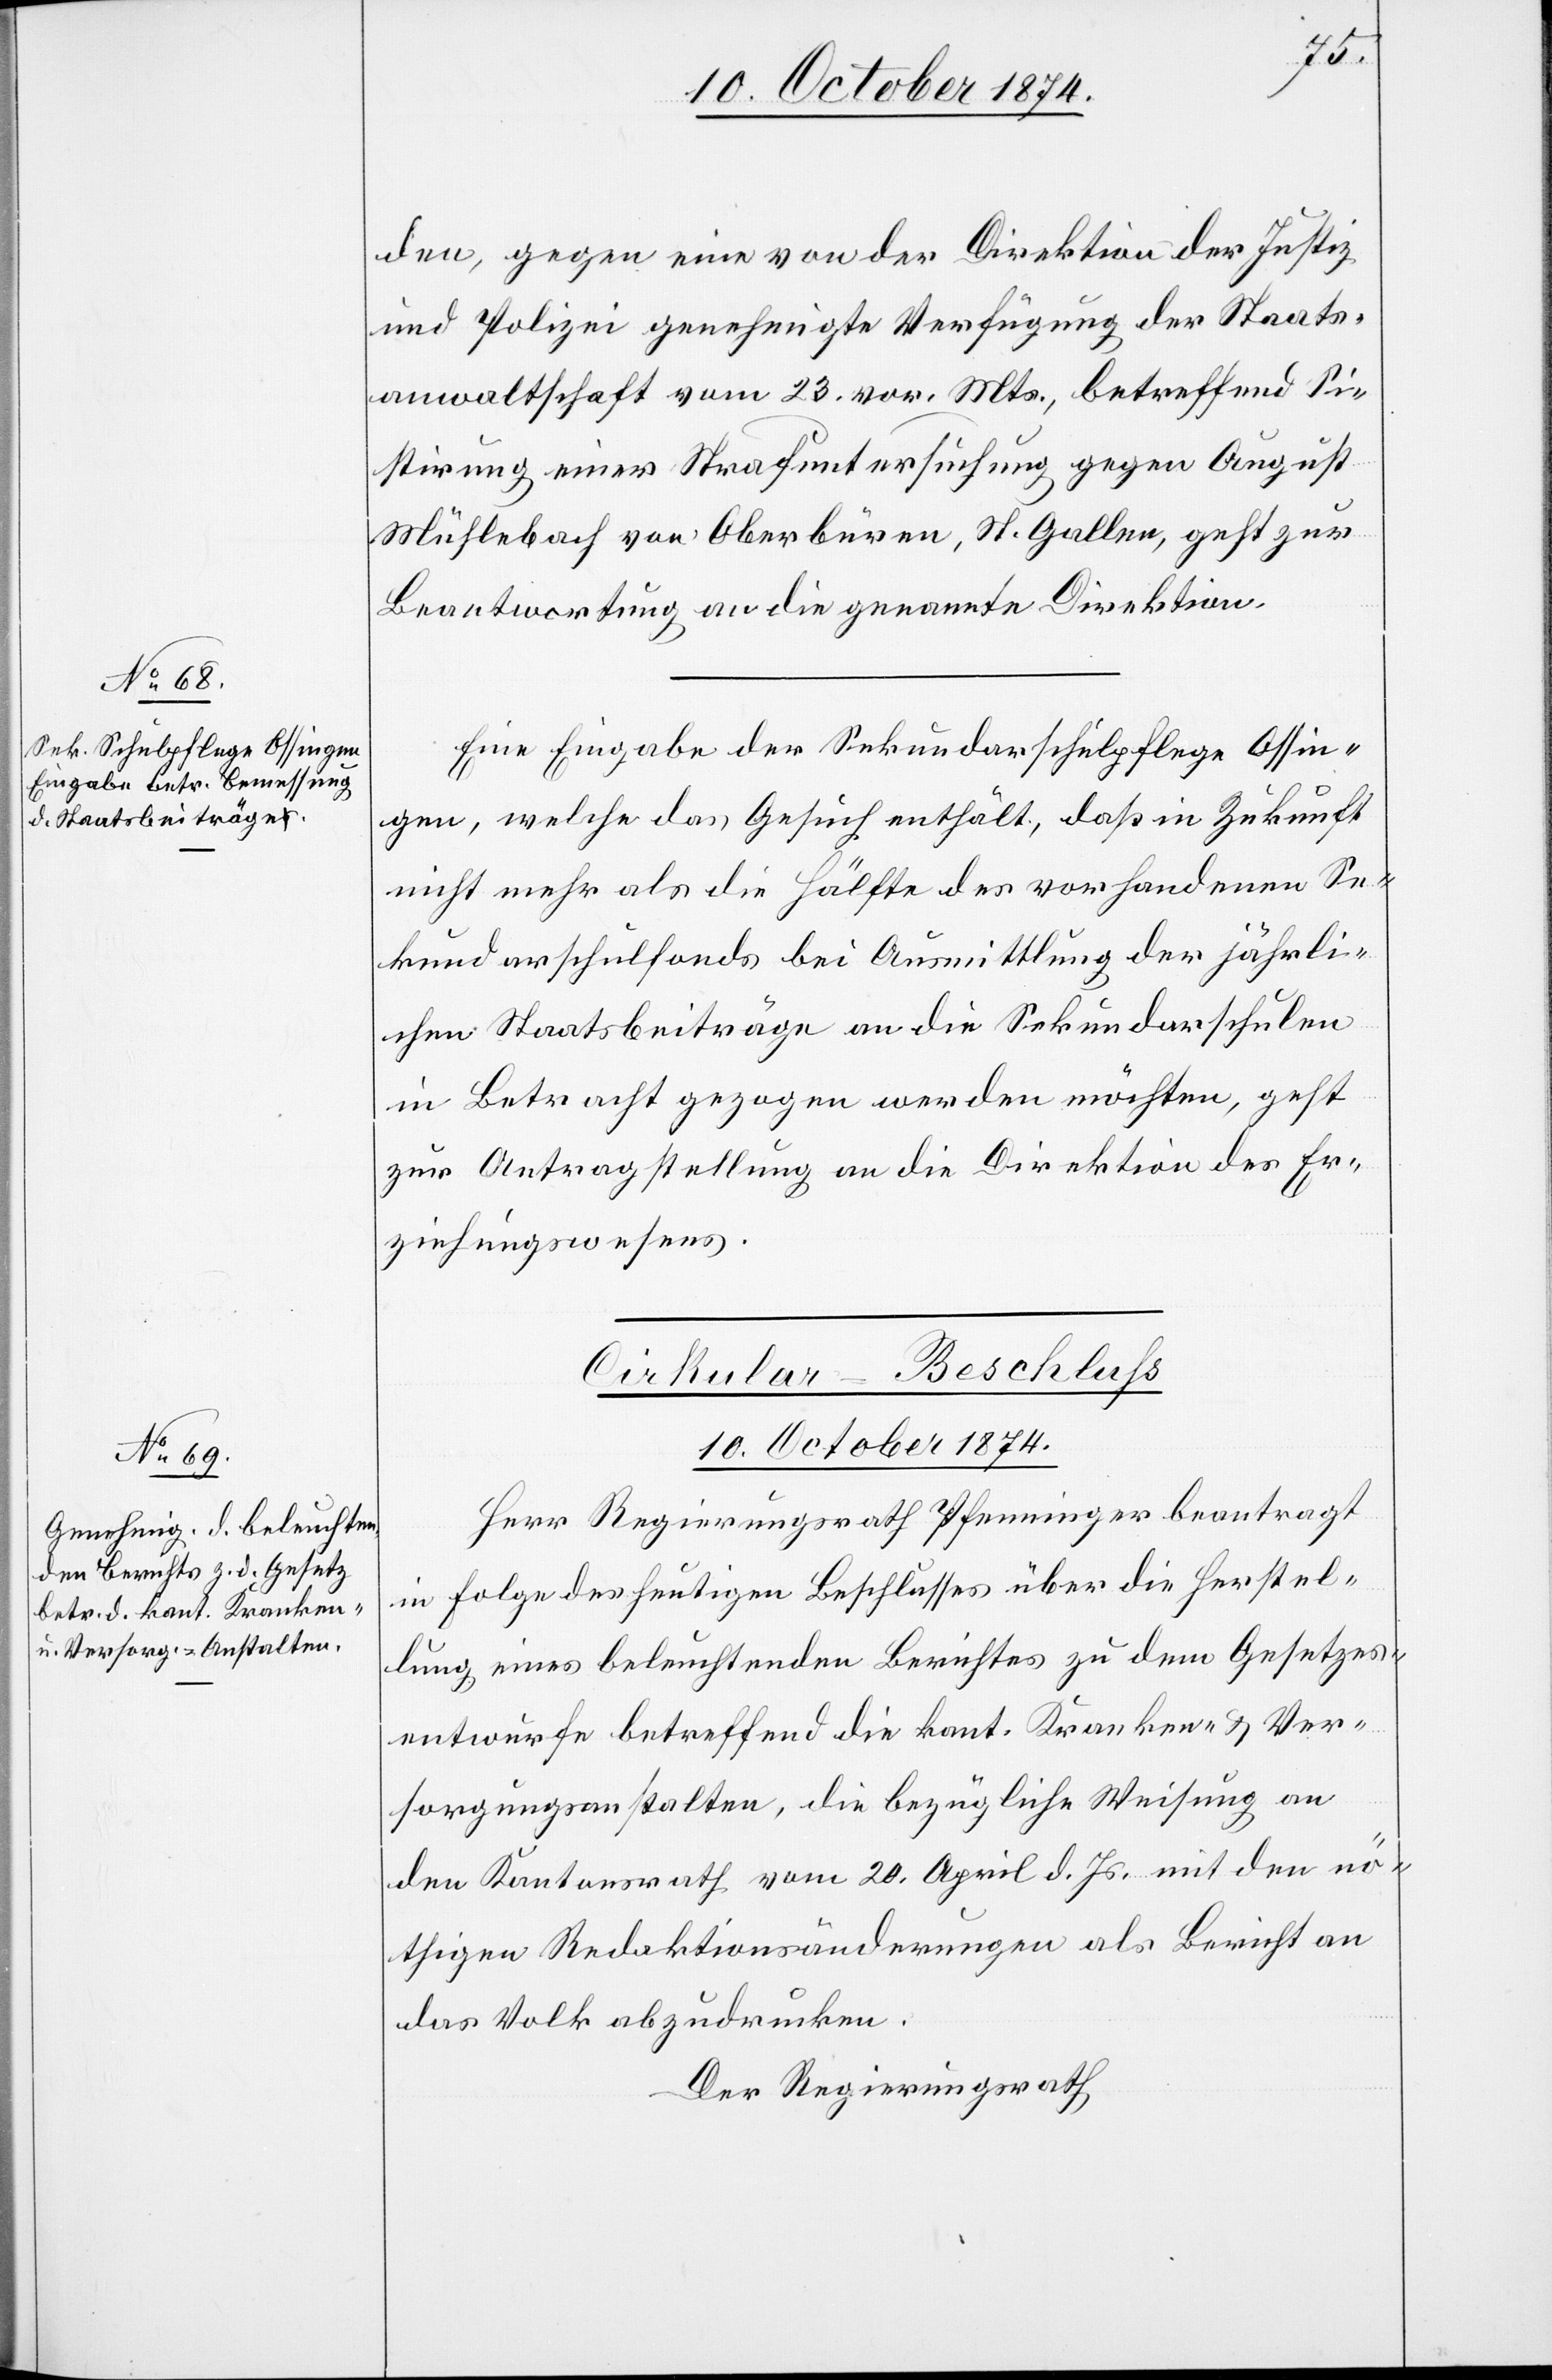
10. October 1874.]
den, gegen eine von der Direktion der Justiz
und Polizei genehmigte Verfügung der Staats¬
anwaltschaft vom 23. vor. Mts., betreffend Si¬
stirung einer Strafuntersuchung gegen August
Mühlebach von Oberbüren, St. Gallen, geht zur
Beantwortung an die genannte Direktion.
Eine Eingabe der Sekundarschulpflege Ossin¬
gen, welche das Gesuch enthält, daß in Zukunft
nicht mehr als die Hälfte des vorhandenen Se¬
kundarschulfonds bei Ausmittlung der jährli¬
chen Staatsbeiträge an die Sekundarschulen
in Betracht gezogen werden möchten, geht
zur Antragstellung an die Direktion des Er¬
ziehungswesens.
Cirkular-Beschluß
10. October 1874.
Herr Regierungsrath Pfenninger beantragt
in Folge des heutigen Beschlusses über die Herstel¬
lung eines beleuchtenden Berichtes zu dem Gesetzes¬
entwurfe betreffend die kant. Kranken- & Ver¬
sorgungsanstalten, die bezügliche Weisung an
den Kantonsrath vom 20. April d. Js. mit den nö¬
thigen Redaktionsänderungen als Bericht an
das Volk abzudrucken.
Der Regierungsrath